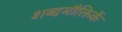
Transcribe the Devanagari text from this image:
शब्दमौक्तिकें